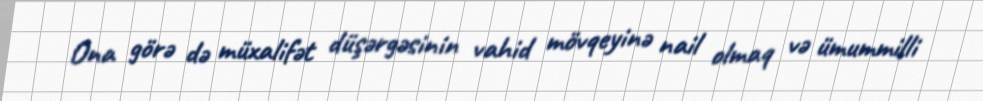
Ona görə də müxalifət düşərgəsinin vahid mövqeyinə nail olmaq və ümummilli